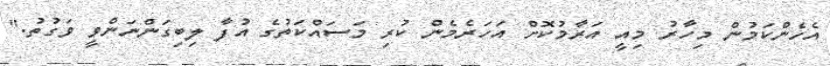
އެހެންކަމުން މިހާރު މިއީ އަރާމުކޮށް އަހަރެމެން ކުރި މަސައްކަތުގެ އުފާ ލިބިގަންނަންވީ ވަގުތު."